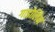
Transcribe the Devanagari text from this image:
गाडोलिन